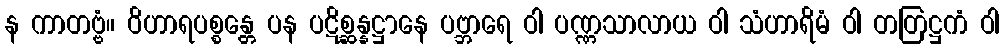
န ကာတဗ္ဗံ။ ဝိဟာရပစ္စန္တေ ပန ပဋိစ္ဆန္နဋ္ဌာနေ ပဗ္ဘာရေ ဝါ ပဏ္ဏသာလာယ ဝါ သံဟာရိမံ ဝါ တတြဋ္ဌကံ ဝါ